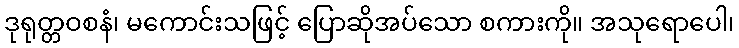
ဒုရုတ္တဝစနံ၊ မကောင်းသဖြင့် ပြောဆိုအပ်သော စကားကို။ အသုရောပေါ၊